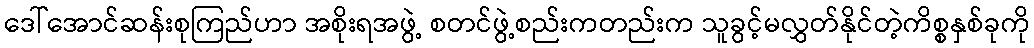
ဒေါ်အောင်ဆန်းစုကြည်ဟာ အစိုးရအဖွဲ့ စတင်ဖွဲ့စည်းကတည်းက သူခွင့်မလွှတ်နိုင်တဲ့ကိစ္စနှစ်ခုကို